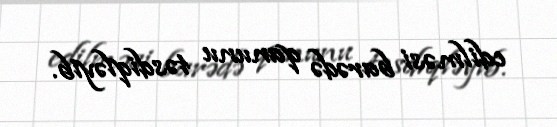
edilməsi barədə qanunu təsdiqləyib.